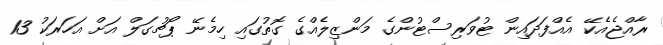
ރާއްޖެއެކޭ އެއްފަދައިން ޓުވަރިސްޓުންގެ މަންޒިލެއްގެ ގޮތުގައި ހިމެނޭ ޕޯޗުގަލް އަށް އަހަރަކު 13